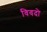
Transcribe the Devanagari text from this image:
विवदो